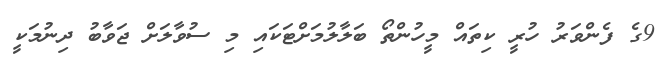
9ގެ ފެންވަރު ހުރީ ކިތައް މީހުންތޯ ބަލާލުމަށްޓަކައި މި ސުވާލަށް ޖަވާބު ދިނުމަކީ